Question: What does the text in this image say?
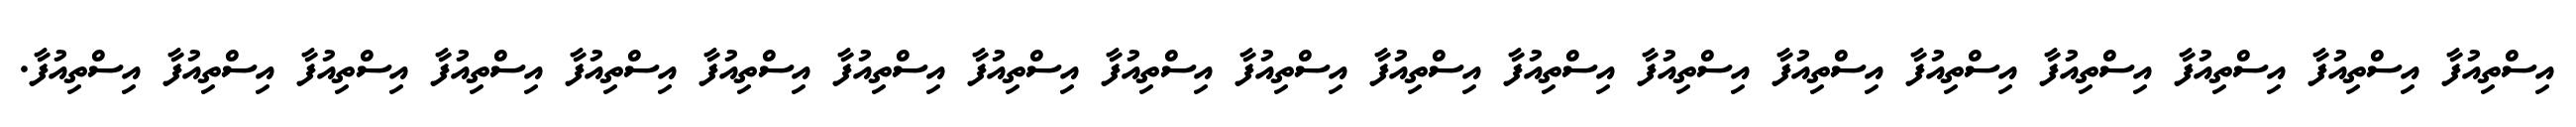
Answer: އިސްތިއުފާ އިސްތިއުފާ އިސްތިއުފާ އިސްތިއުފާ އިސްތިއުފާ އިސްތިއުފާ އިސްތިއުފާ އިސްތިއުފާ އިސްތިއުފާ އިސްތިއުފާ އިސްތިއުފާ އިސްތިއުފާ އިސްތިއުފާ އިސްތިއުފާ އިސްތިއުފާ އިސްތިއުފާ އިސްތިއުފާ އިސްތިއުފާ އިސްތިއުފާ.